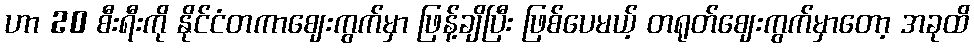
ဟာ 20 စီးရီးကို နိုင်ငံတကာဈေးကွက်မှာ ဖြန့်ချိပြီး ဖြစ်ပေမယ့် တရုတ်ဈေးကွက်မှာတော့ အခုထိ